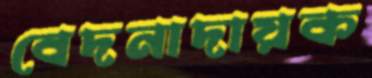
বেদনাদায়ক